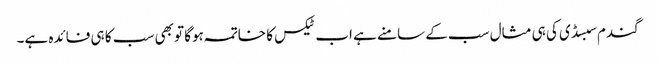
گندم سبسڈی کی ہی مثال سب کے سامنے ہے اب ٹیکس کا خاتمہ ہوگا تو بھی سب کا ہی فائدہ ہے۔